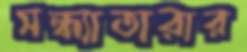
সন্ধ্যাতারার